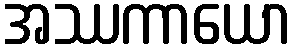
အဿကာယော